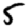
Digit: 5